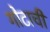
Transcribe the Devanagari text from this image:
गोटाची